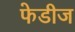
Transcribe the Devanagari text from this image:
फेडीज